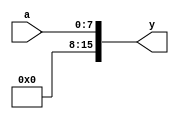
module zeroext #(parameter SIZE = 8)(input [SIZE-1:0] a,
				 output reg [15:0] y);
				  
always @*
	y = {{16-SIZE{1'b0}},a};
endmodule